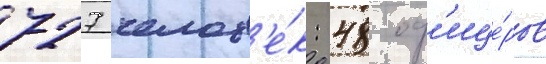
727 челов'е́к: 48 оф'ице́ров